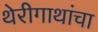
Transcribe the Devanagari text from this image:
थेरीगाथांचा